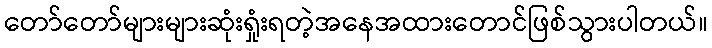
တော်တော်များများဆုံးရှုံးရတဲ့အနေအထားတောင်ဖြစ်သွားပါတယ်။